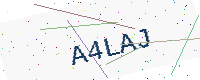
Text: A4LAJ